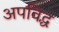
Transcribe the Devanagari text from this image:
अपविद्ध